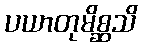
ပယာတုမိစ္ဆသိ